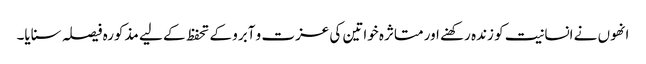
انھوں نے انسانیت کو زندہ رکھنے اور متاثرہ خواتین کی عزت و آبرو کے تحفظ کے لیے مذکورہ فیصلہ سنایا۔